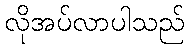
လိုအပ်လာပါသည်